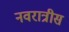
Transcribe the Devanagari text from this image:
नवरात्रीस